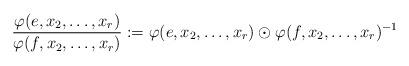
LaTeX: \begin{align*}\frac{\varphi(e,x_2,\ldots,x_r)}{\varphi(f,x_2,\ldots,x_r)} := \varphi(e,x_2,\ldots,x_r) \odot \varphi(f,x_2,\ldots,x_r)^{-1}\end{align*}